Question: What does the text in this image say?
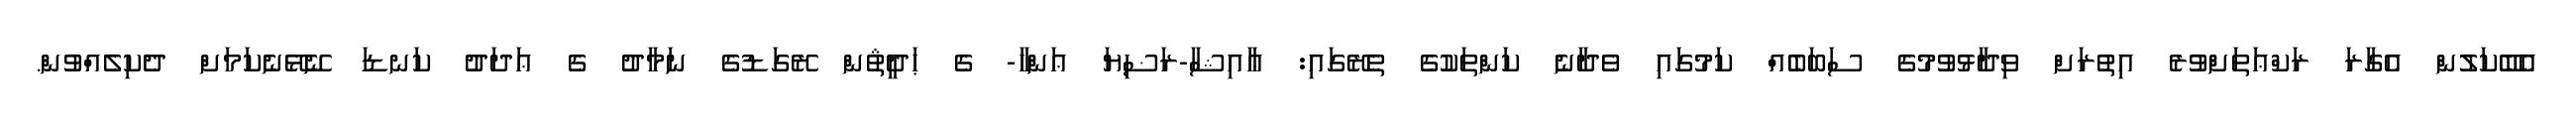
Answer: އެބޭކަލުން އެގާރަ ރަކްޢަތަށްވުރެ އިތުރަށް ވިދާޅުވުމުގެ ސަބަބެއް ކަމުގައި ވެދާނެ ކަންތަކުގެ ތެރޭގައި: ޢާއިޝާ-ރަޟިޔަ ޢަންހާ- ގެ ޙަދީޘުން ރޭގަޑުގެ ނަމާދު ގެ ޢަދަދު ކަނޑަ ނޭޅޭނެކަމަށް ދެކިލެއްވުން.